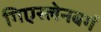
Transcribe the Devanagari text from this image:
गिएस्लेनबर्ग